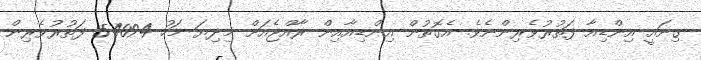
ގިނައީ އިންޑިއާ ފަތުރުވެރިންނެވެ. އެގޮތުން އިންޑިއާއިން ރާއްޖެއަށް މިދިޔަ މަހު 54094 ފަތުރުވެރިން